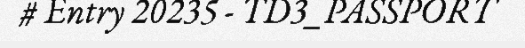
# Entry 20235 - TD3_PASSPORT